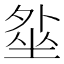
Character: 𡎥